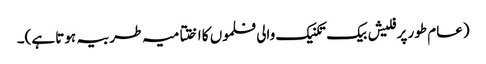
(عام طور پر فلیش بیک تکنیک والی فلموں کا اختتامیہ طربیہ ہوتا ہے)۔